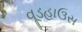
વૂડહાઉસ